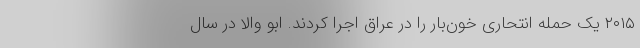
۲۰۱۵ یک حمله انتحاری خون‌بار را در عراق اجرا کردند. ابو والا در سال